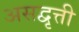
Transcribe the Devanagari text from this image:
असद्वृत्ती